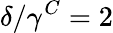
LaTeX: \delta/\gamma^{C}=2